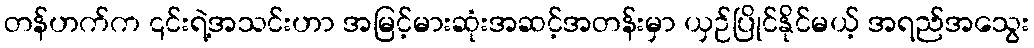
တန်ဟက်က ၎င်းရဲ့အသင်းဟာ အမြင့်မားဆုံးအဆင့်အတန်းမှာ ယှဉ်ပြိုင်နိုင်မယ့် အရည်အသွေး